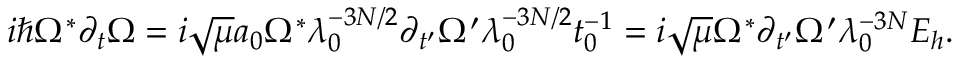
\begin{array} { r } { i \hbar \Omega ^ { * } \partial _ { t } \Omega = i \sqrt { \mu } a _ { 0 } \Omega ^ { * } \lambda _ { 0 } ^ { - 3 N / 2 } \partial _ { t ^ { \prime } } \Omega ^ { \prime } \lambda _ { 0 } ^ { - 3 N / 2 } t _ { 0 } ^ { - 1 } = i \sqrt { \mu } \Omega ^ { * } \partial _ { t ^ { \prime } } \Omega ^ { \prime } \lambda _ { 0 } ^ { - 3 N } E _ { h } . } \end{array}